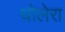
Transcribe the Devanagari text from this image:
धोलेरा